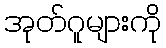
အုတ်ဂူများကို